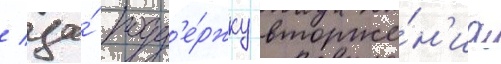
/ за́ подд'е́ржку вторже́н'иа